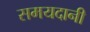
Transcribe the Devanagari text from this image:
समयदानी